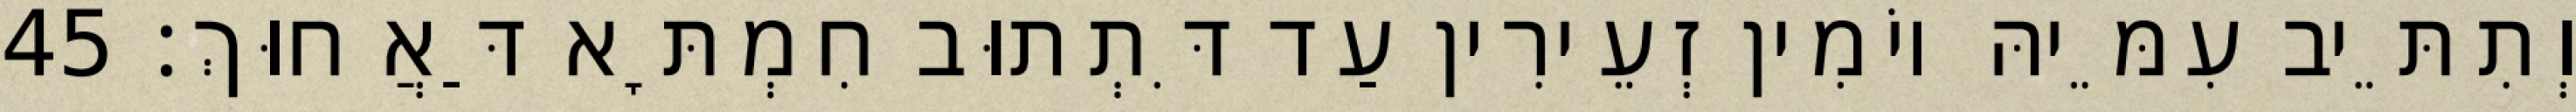
וְתִתֵּיב עִמֵּיהּ יוֹמִין זְעֵירִין עַד דִּתְתוּב חִמְתָּא דַּאֲחוּךְ׃ 45